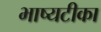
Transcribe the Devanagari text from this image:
भाष्यटीका